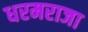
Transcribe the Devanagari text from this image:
धरमराजा